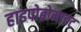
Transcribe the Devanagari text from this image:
हाइपोब्रोमाइट